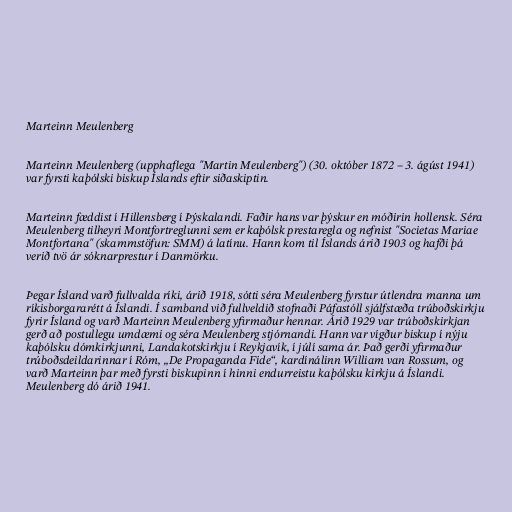
Marteinn Meulenberg

Marteinn Meulenberg (upphaflega "Martin Meulenberg") (30. október 1872 – 3. ágúst 1941)
var fyrsti kaþólski biskup Íslands eftir siðaskiptin.

Marteinn fæddist í Hillensberg í Þýskalandi. Faðir hans var þýskur en móðirin hollensk. Séra
Meulenberg tilheyri Montfortreglunni sem er kaþólsk prestaregla og nefnist "Societas Mariae
Montfortana" (skammstöfun: SMM) á latínu. Hann kom til Íslands árið 1903 og hafði þá
verið tvö ár sóknarprestur í Danmörku.

Þegar Ísland varð fullvalda ríki, árið 1918, sótti séra Meulenberg fyrstur útlendra manna um
ríkisborgararétt á Íslandi. Í samband við fullveldið stofnaði Páfastóll sjálfstæða trúboðskirkju
fyrir Ísland og varð Marteinn Meulenberg yfirmaður hennar. Árið 1929 var trúboðskirkjan
gerð að postullegu umdæmi og séra Meulenberg stjórnandi. Hann var vígður biskup í nýju
kaþólsku dómkirkjunni, Landakotskirkju í Reykjavík, í júlí sama ár. Það gerði yfirmaður
trúboðsdeildarinnar í Róm, „De Propaganda Fide“, kardínálinn William van Rossum, og
varð Marteinn þar með fyrsti biskupinn í hinni endurreistu kaþólsku kirkju á Íslandi.
Meulenberg dó árið 1941.